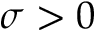
\sigma > 0